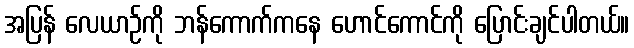
အပြန် လေယာဉ်ကို ဘန်ကောက်ကနေ ဟောင်ကောင်ကို ပြောင်းချင်ပါတယ်။